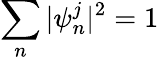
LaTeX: \sum_{n}|\psi_{n}^{j}|^{2}=1